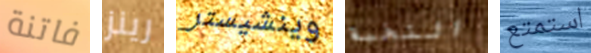
فاتنة رينز وينشيستر النخبة استمتع